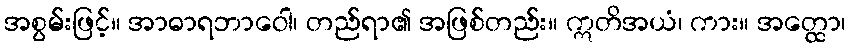
အစွမ်းဖြင့်။ အာဓာရဘာဝေါ၊ တည်ရာ၏ အဖြစ်တည်း။ ဣတိအယံ၊ ကား။ အတ္ထော၊